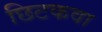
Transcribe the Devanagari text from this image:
छिटकवा